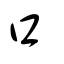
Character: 口